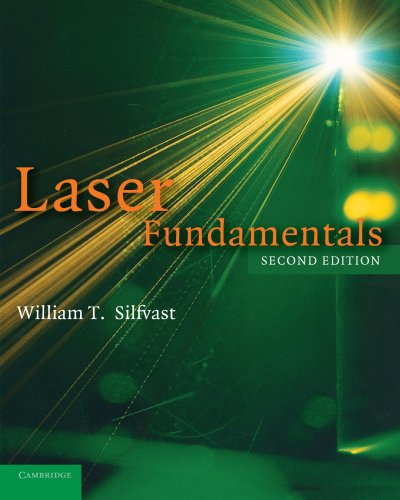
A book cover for Laser Fundamentals; William T. Silfvast; Science & Math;